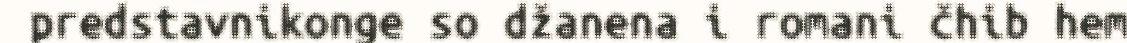
predstavnikonge so džanena i romani čhib hem